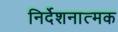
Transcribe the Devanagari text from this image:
निर्देशनात्मक